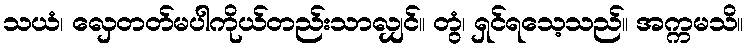
သယံ၊ လှေတတ်မပါကိုယ်တည်းသာလျှင်။ တွံ၊ ရှင်ရသေ့သည်။ အက္ကမသိ။